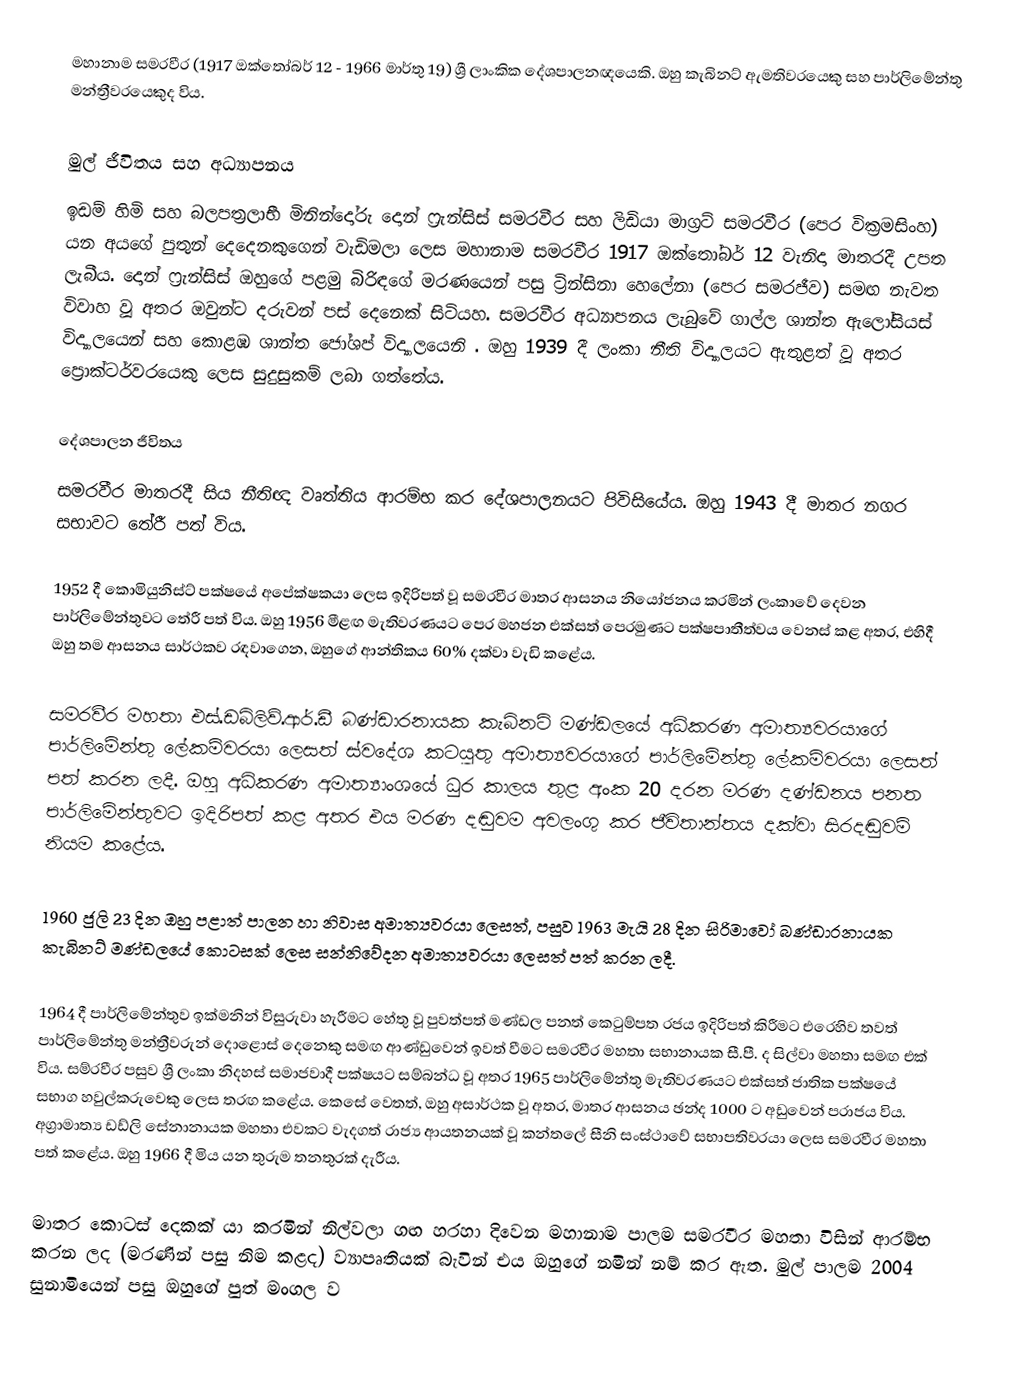
මහානාම සමරවීර (1917 ඔක්තෝබර් 12 - 1966 මාර්තු 19) ශ්‍රී ලාංකික දේශපාලනඥයෙකි. ඔහු කැබිනට් ඇමතිවරයෙකු සහ පාර්ලිමේන්තු මන්ත්‍රීවරයෙකුද විය.

මුල් ජීවිතය සහ අධ්‍යාපනය
ඉඩම් හිමි සහ බලපත්‍රලාභී මිනින්දෝරු දොන් ෆ්‍රැන්සිස් සමරවීර සහ ලිඩියා මාග්‍රට් සමරවීර (පෙර වික්‍රමසිංහ) යන අයගේ පුතුන් දෙදෙනකුගෙන් වැඩිමලා ලෙස මහානාම සමරවීර 1917 ඔක්තෝබර් 12 වැනිදා මාතරදී උපත ලැබීය. දොන් ෆ්‍රැන්සිස් ඔහුගේ පළමු බිරිඳගේ මරණයෙන් පසු ට්‍රින්සිනා හෙලේනා (පෙර සමරජීව) සමඟ නැවත විවාහ වූ අතර ඔවුන්ට දරුවන් පස් දෙනෙක් සිටියහ. සමරවීර අධ්‍යාපනය ලැබුවේ ගාල්ල ශාන්ත ඇලෝසියස් විද්‍යාලයෙන් සහ කොළඹ ශාන්ත ජෝශප් විද්‍යාලයෙනි . ඔහු 1939 දී ලංකා නීති විද්‍යාලයට ඇතුළත් වූ අතර ප්‍රොක්ටර්වරයෙකු ලෙස සුදුසුකම් ලබා ගත්තේය.

දේශපාලන ජීවිතය
සමරවීර මාතරදී සිය නීතිඥ වෘත්තිය ආරම්භ කර දේශපාලනයට පිවිසියේය. ඔහු 1943 දී මාතර නගර සභාවට තේරී පත් විය.

1952 දී කොමියුනිස්ට් පක්ෂයේ අපේක්ෂකයා ලෙස ඉදිරිපත් වූ සමරවීර මාතර ආසනය නියෝජනය කරමින් ලංකාවේ දෙවන පාර්ලිමේන්තුවට තේරී පත් විය. ඔහු 1956 මීළඟ මැතිවරණයට පෙර මහජන එක්සත් පෙරමුණට පක්ෂපාතීත්වය වෙනස් කළ අතර, එහිදී ඔහු තම ආසනය සාර්ථකව රඳවාගෙන, ඔහුගේ ආන්තිකය 60% දක්වා වැඩි කළේය.

සමරවීර මහතා එස්.ඩබ්ලිව්.ආර්.ඩී බණ්ඩාරනායක කැබිනට් මණ්ඩලයේ අධිකරණ අමාත්‍යවරයාගේ පාර්ලිමේන්තු ලේකම්වරයා ලෙසත් ස්වදේශ කටයුතු අමාත්‍යවරයාගේ පාර්ලිමේන්තු ලේකම්වරයා ලෙසත් පත් කරන ලදී. ඔහු අධිකරණ අමාත්‍යාංශයේ ධුර කාලය තුළ අංක 20 දරන මරණ දණ්ඩනය පනත පාර්ලිමේන්තුවට ඉදිරිපත් කළ අතර එය මරණ දඬුවම අවලංගු කර ජීවිතාන්තය දක්වා සිරදඬුවම් නියම කළේය.

1960 ජුලි 23 දින ඔහු පළාත් පාලන හා නිවාස අමාත්‍යවරයා ලෙසත්, පසුව 1963 මැයි 28 දින සිරිමාවෝ බණ්ඩාරනායක කැබිනට් මණ්ඩලයේ කොටසක් ලෙස සන්නිවේදන අමාත්‍යවරයා ලෙසත් පත් කරන ලදී.

1964 දී පාර්ලිමේන්තුව ඉක්මනින් විසුරුවා හැරීමට හේතු වූ පුවත්පත් මණ්ඩල පනත් කෙටුම්පත රජය ඉදිරිපත් කිරීමට එරෙහිව තවත් පාර්ලිමේන්තු මන්ත්‍රීවරුන් දොළොස් දෙනෙකු සමඟ ආණ්ඩුවෙන් ඉවත් වීමට සමරවීර මහතා සභානායක සී.පී. ද සිල්වා මහතා සමඟ එක් විය.  සම්රවීර පසුව ශ්‍රී ලංකා නිදහස් සමාජවාදී පක්ෂයට සම්බන්ධ වූ අතර 1965 පාර්ලිමේන්තු මැතිවරණයට එක්සත් ජාතික පක්ෂයේ සභාග හවුල්කරුවෙකු ලෙස තරඟ කළේය. කෙසේ වෙතත්, ඔහු අසාර්ථක වූ අතර, මාතර ආසනය ඡන්ද 1000 ට අඩුවෙන් පරාජය විය. අග්‍රාමාත්‍ය ඩඩ්ලි සේනානායක මහතා එවකට වැදගත් රාජ්‍ය ආයතනයක් වූ කන්තලේ සීනි සංස්ථාවේ සභාපතිවරයා ලෙස සමරවීර මහතා පත් කළේය. ඔහු 1966 දී මිය යන තුරුම තනතුරක් දැරීය.

මාතර කොටස් දෙකක් යා කරමින් නිල්වලා ගඟ හරහා දිවෙන මහානාම පාලම සමරවීර මහතා විසින් ආරම්භ කරන ලද (මරණින් පසු නිම කළද) ව්‍යාපෘතියක් බැවින් එය ඔහුගේ නමින් නම් කර ඇත. මුල් පාලම 2004 සුනාමියෙන් පසු ඔහුගේ පුත් මංගල ව